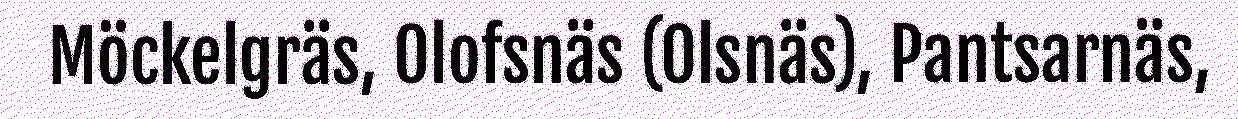
Möckelgräs, Olofsnäs (Olsnäs), Pantsarnäs,